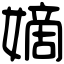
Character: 嫡